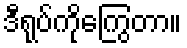
ဒီရုပ်ကိုကြွေတာ။